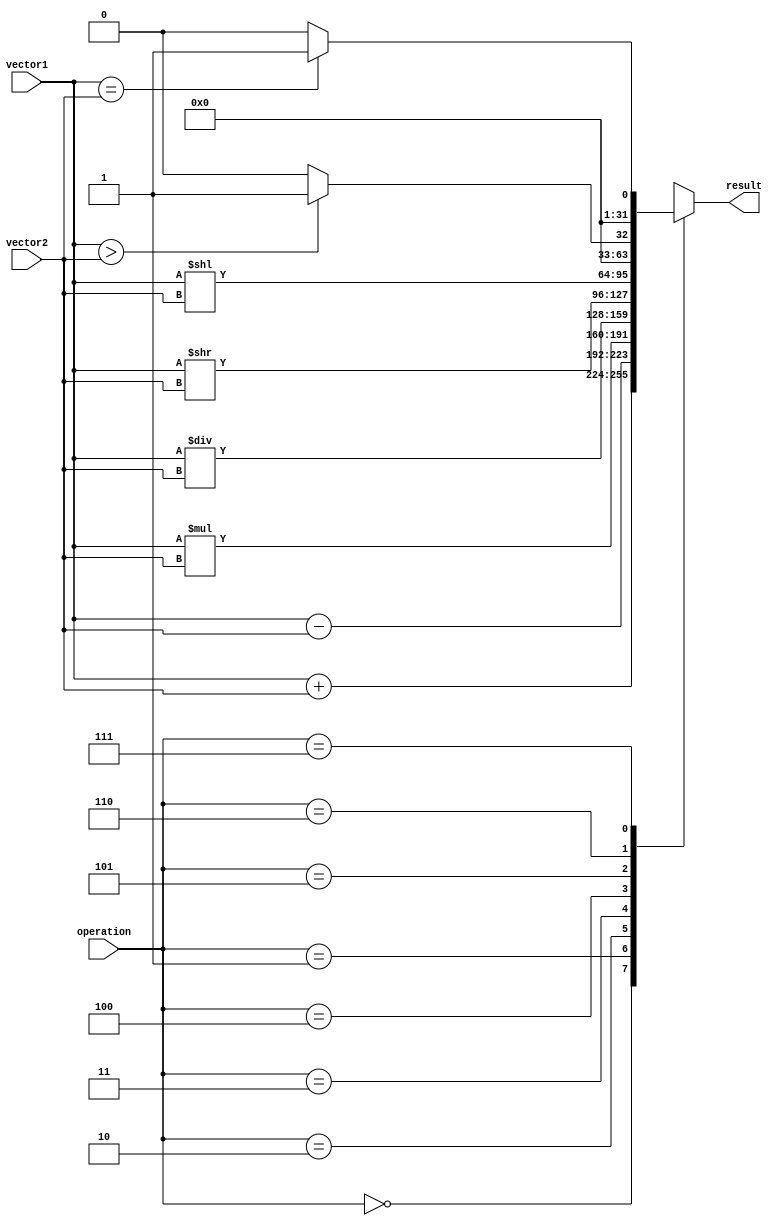
module VectorALU(
    input wire [31:0] vector1,
    input wire [31:0] vector2,
    input wire [2:0] operation,
    output reg [31:0] result
);

always @(*) begin
    case(operation)
        3'b000: result = vector1 + vector2; // Addition
        3'b001: result = vector1 - vector2; // Subtraction
        3'b010: result = vector1 * vector2; // Multiplication
        3'b011: result = vector1 / vector2; // Division
        3'b100: result = vector1 >> vector2; // Shift right
        3'b101: result = vector1 << vector2; // Shift left
        3'b110: begin 
            if(vector1 > vector2) // Greater than comparison
                result = 1;
            else
                result = 0;
        end
        3'b111: begin
            if(vector1 == vector2) // Equal comparison
                result = 1;
            else
                result = 0;
        end
    endcase
end
endmodule